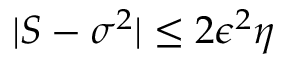
| S - \sigma ^ { 2 } | \leq 2 \epsilon ^ { 2 } \eta